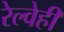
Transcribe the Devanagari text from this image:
रेल्वेही